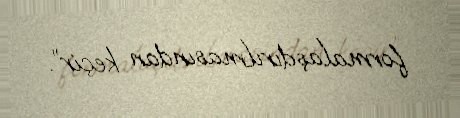
formalaşdırılmasından keçir”.